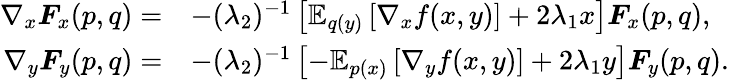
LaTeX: \begin{array}{rl}{\nabla_{x}\boldsymbol{F}_{x}(p,q)=}&{-(\lambda_{2})^{-1}\left[\mathbb{E}_{q(y)}\left[\nabla_{x}f(x,y)\right]+2\lambda_{1}x\right]\boldsymbol{F}_{x}(p,q),}\\ {\nabla_{y}\boldsymbol{F}_{y}(p,q)=}&{-(\lambda_{2})^{-1}\left[-\mathbb{E}_{p(x)}\left[\nabla_{y}f(x,y)\right]+2\lambda_{1}y\right]\boldsymbol{F}_{y}(p,q).}\end{array}